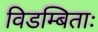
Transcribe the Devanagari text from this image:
विडम्बिताः